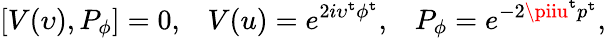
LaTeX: [V(\upsilon),P_{\phi}]=0,\; \; \; V(u)=e^{2i\upsilon^{\mathtt{t}}\phi^{\mathtt{t}}},\; \; \; P_{\phi}=e^{-2\piiu^{\mathtt{t}}p^{\mathtt{t}}},